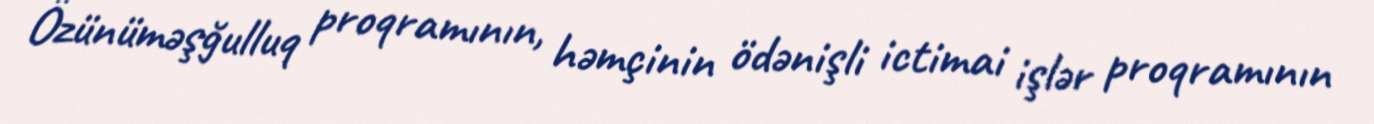
Özünüməşğulluq proqramının, həmçinin ödənişli ictimai işlər proqramının